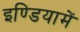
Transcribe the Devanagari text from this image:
इण्डियामें